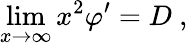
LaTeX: \operatorname*{lim}_{x\rightarrow\infty}x^{2}\varphi^{\prime}=D\ ,